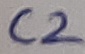
Text: C2